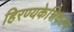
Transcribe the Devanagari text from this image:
हिरण्यकेशिकल्प